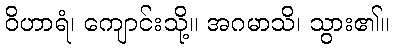
ဝိဟာရံ၊ ကျောင်းသို့။ အဂမာသိ၊ သွား၏။